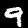
Label: 9